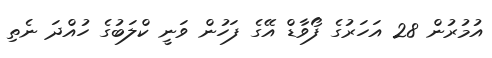
އުމުރުން 28 އަހަރުގެ ފޯވާޑް އޭގެ ފަހުން ވަނީ ކްލަބުގެ ހުއްދަ ނެތި